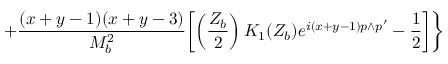
+ \frac { ( x + y - 1 ) ( x + y - 3 ) } { M _ { b } ^ { 2 } } \biggl [ \left( \frac { Z _ { b } } { 2 } \right) K _ { 1 } ( Z _ { b } ) e ^ { i ( x + y - 1 ) p \wedge p ^ { \prime } } - \frac { 1 } { 2 } \biggr ] \biggr \}